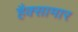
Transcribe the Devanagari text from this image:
हैक्सामार